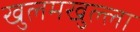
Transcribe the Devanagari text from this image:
खुलमखुल्ला